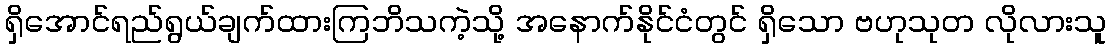
ရှိအောင်ရည်ရွယ်ချက်ထားကြဘိသကဲ့သို့ အနောက်နိုင်ငံတွင် ရှိသော ဗဟုသုတ လိုလားသူ